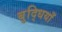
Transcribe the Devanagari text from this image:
बुद्धियाँ